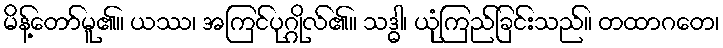
မိန့်တော်မူ၏။ ယဿ၊ အကြင်ပုဂ္ဂိုလ်၏။ သဒ္ဓါ၊ ယုံကြည်ခြင်းသည်။ တထာဂတေ၊